Annual administration and progress report of the Indian Medical Department, Bombay
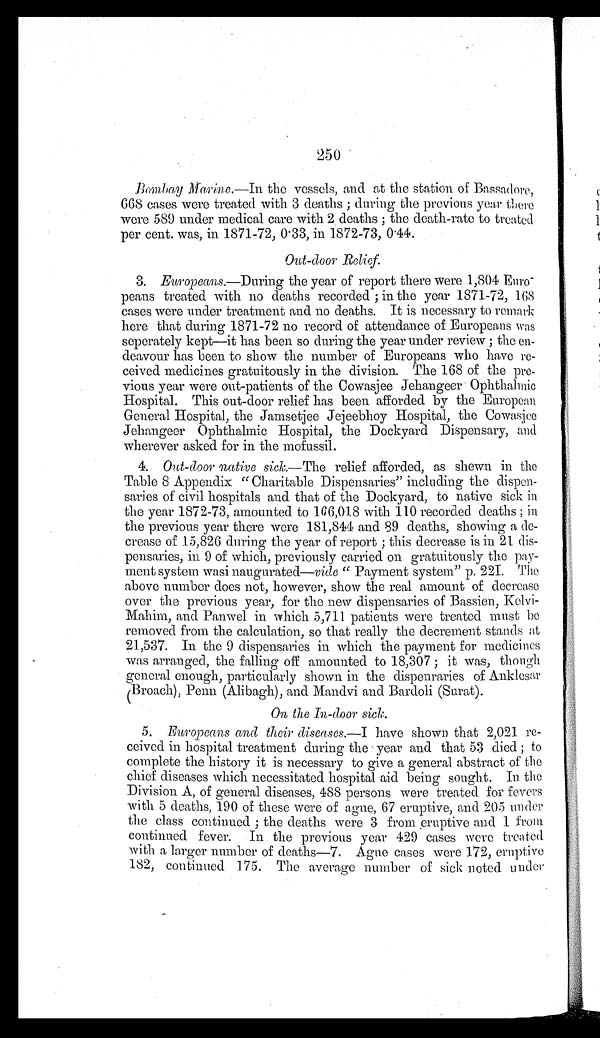
250
Bombay Marine.— In the vessels, and at the station of Bassadore,
668 cases were treated with 3 deaths; during the previous year there
were 589 under medical care with 2 deaths; the death-rate to treated
per cent. was, in 1871-72, 0.33, in 1872-73, 0.44.
Out-door Relief.
3. Europeans.—During the year of report there were 1,804 Euro
-
peans treated with no deaths recorded; in the year 1871-72, 168
cases were under treatment and no deaths. It is necessary to remark
here that during 1871-72 no record of attendance of Europeans was
separately kept—it has been so during the year under review; the en
-
deavour has been to show the number of Europeans who have re
-
ceived medicines gratuitously in the division. The 168 of the pre
-
vious year were out-patients of the Cowasjee Jehangeer Ophthalmic
Hospital. This out-door relief has been afforded by the European
General Hospital, the Jamsetjee Jejeebhoy Hospital, the Cowasjee
Jehangeer Ophthalmic Hospital, the Dockyard Dispensary, and
wherever asked for in the mofussil.
4.
Out-door native sick .—The relief afforded, as shewn in the
Table 8 Appendix "Charitable Dispensaries" including the dispen
-
saries of civil hospitals and that of the Dockyard, to native sick in
the year 1872-73, amounted to 166,018 with 110 recorded deaths; in
the previous year there were 181,844 and 89 deaths, showing a de
-
crease of 15,826 during the year of report; this decrease is in 21 dis
-
pensaries, in 9 of which, previously carried on gratuitously the pay
-
ment system wasi naugurated—vide "Payment system" p. 221. The
above number does not, however, show the real amount of decrease
over the previous year, for the new dispensaries of Bassien, Kelvi
-
Mahim, and Panwel in which 5,711 patients were treated must be
removed from the calculation, so that really the decrement stands at
21,537. In the 9 dispensaries in which the payment for medicines
was arranged, the falling off amounted to 18,307; it was, though
general enough, particularly shown in the dispenraries of Anklesar
(Broach), Penn (Alibagh), and Mandvi and Bardoli (Surat).
On the In-door sick.
5. Europeans and their diseases.— I have shown that 2,021 re
-
ceived in hospital treatment during the year and that 53 died; to
complete the history it is necessary to give a general abstract of the
chief diseases which necessitated hospital aid being sought. In the
Division A, of general diseases, 488 persons were treated for fevers
with 5 deaths, 190 of these were of ague, 67 eruptive, and 205 under
the class continued; the deaths were 3 from eruptive and 1 from
continued fever. In the previous year 429 cases were treated
with a larger number of deaths—7. Ague cases were 172, eruptive
182, continued 175. The average number of sick noted under